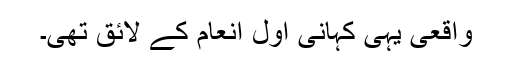
واقعی یہی کہانی اول انعام کے لائق تھی۔